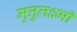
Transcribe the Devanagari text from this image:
मुत्तुलक्ष्मी